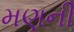
મણની